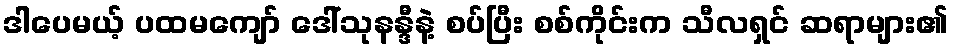
ဒါပေမယ့် ပထမကျော် ဒေါ်သုနန္ဒီနဲ့ စပ်ပြီး စစ်ကိုင်းက သီလရှင် ဆရာများ၏